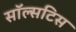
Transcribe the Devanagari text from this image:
सॉल्सटिस